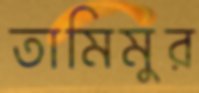
তামিমুর